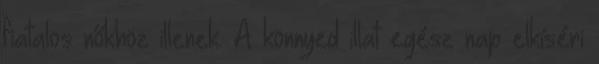
fiatalos nőkhöz illenek. A könnyed illat egész nap elkíséri